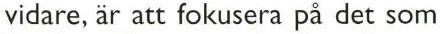
vidare, är att fokusera på det som